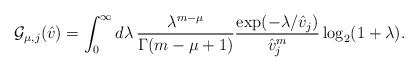
\begin{align*}\mathcal{G}_{\mu,j}(\hat{v})=\int_0^\infty d\lambda\, \frac{\lambda^{m-\mu}}{\Gamma(m-\mu+1)}\frac{\exp(-\lambda/\hat{v}_j)}{\hat{v}_j^m}\log_2 (1+\lambda).\end{align*}